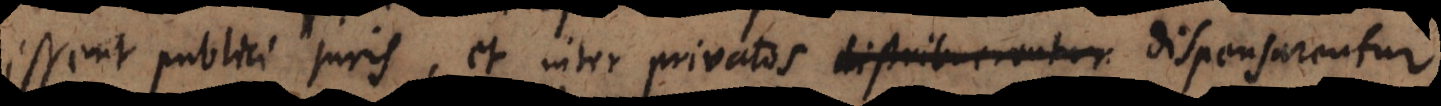
essent publici juris, et inter privatos distribuerentur